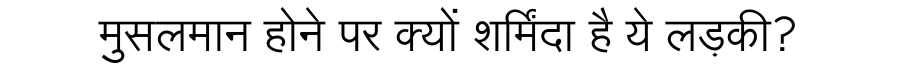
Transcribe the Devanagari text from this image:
मुसलमान होने पर क्यों शर्मिंदा है ये लड़की?